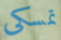
تمسكى